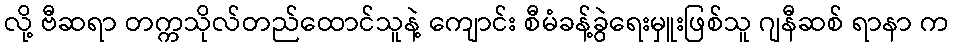
လို့ ဗီဆရာ တက္ကသိုလ်တည်ထောင်သူနဲ့ ကျောင်း စီမံခန့်ခွဲရေးမှူးဖြစ်သူ ဂျနီဆစ် ရာနာ က